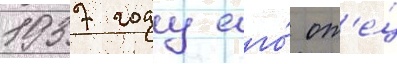
1937 году его́ от'е́ц